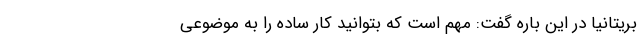
بریتانیا در این باره گفت: مهم است که بتوانید کار ساده را به موضوعی